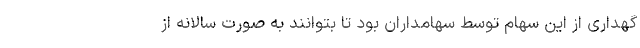
گهداری از این سهام توسط سهامداران بود تا بتوانند به صورت سالانه از